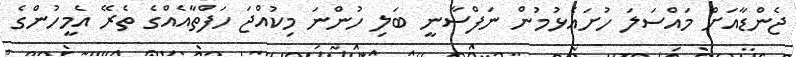
ޖެންޑާއަށް މައްސަލަ ހުށައެޅުމުން ނަފްސާނީ ބަލި ހުންނަ މިކުއްޖަ ހަފްތާއެއްގެ ތެރޭ އެމީހުންގެ